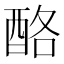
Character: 酪